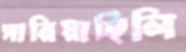
সারিয়াছিলি